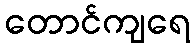
တောင်ကျရေ